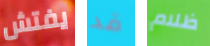
يفتش قد ظلام